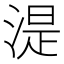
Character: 湜